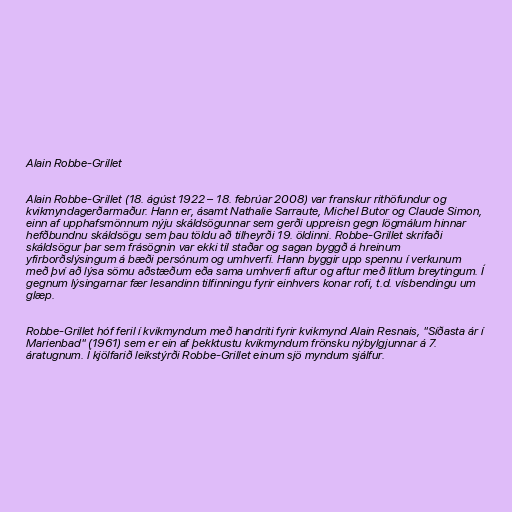
Alain Robbe-Grillet

Alain Robbe-Grillet (18. ágúst 1922 – 18. febrúar 2008) var franskur rithöfundur og
kvikmyndagerðarmaður. Hann er, ásamt Nathalie Sarraute, Michel Butor og Claude Simon,
einn af upphafsmönnum nýju skáldsögunnar sem gerði uppreisn gegn lögmálum hinnar
hefðbundnu skáldsögu sem þau töldu að tilheyrði 19. öldinni. Robbe-Grillet skrifaði
skáldsögur þar sem frásögnin var ekki til staðar og sagan byggð á hreinum
yfirborðslýsingum á bæði persónum og umhverfi. Hann byggir upp spennu í verkunum
með því að lýsa sömu aðstæðum eða sama umhverfi aftur og aftur með litlum breytingum. Í
gegnum lýsingarnar fær lesandinn tilfinningu fyrir einhvers konar rofi, t.d. vísbendingu um
glæp.

Robbe-Grillet hóf feril í kvikmyndum með handriti fyrir kvikmynd Alain Resnais, "Síðasta ár í
Marienbad" (1961) sem er ein af þekktustu kvikmyndum frönsku nýbylgjunnar á 7.
áratugnum. Í kjölfarið leikstýrði Robbe-Grillet einum sjö myndum sjálfur.